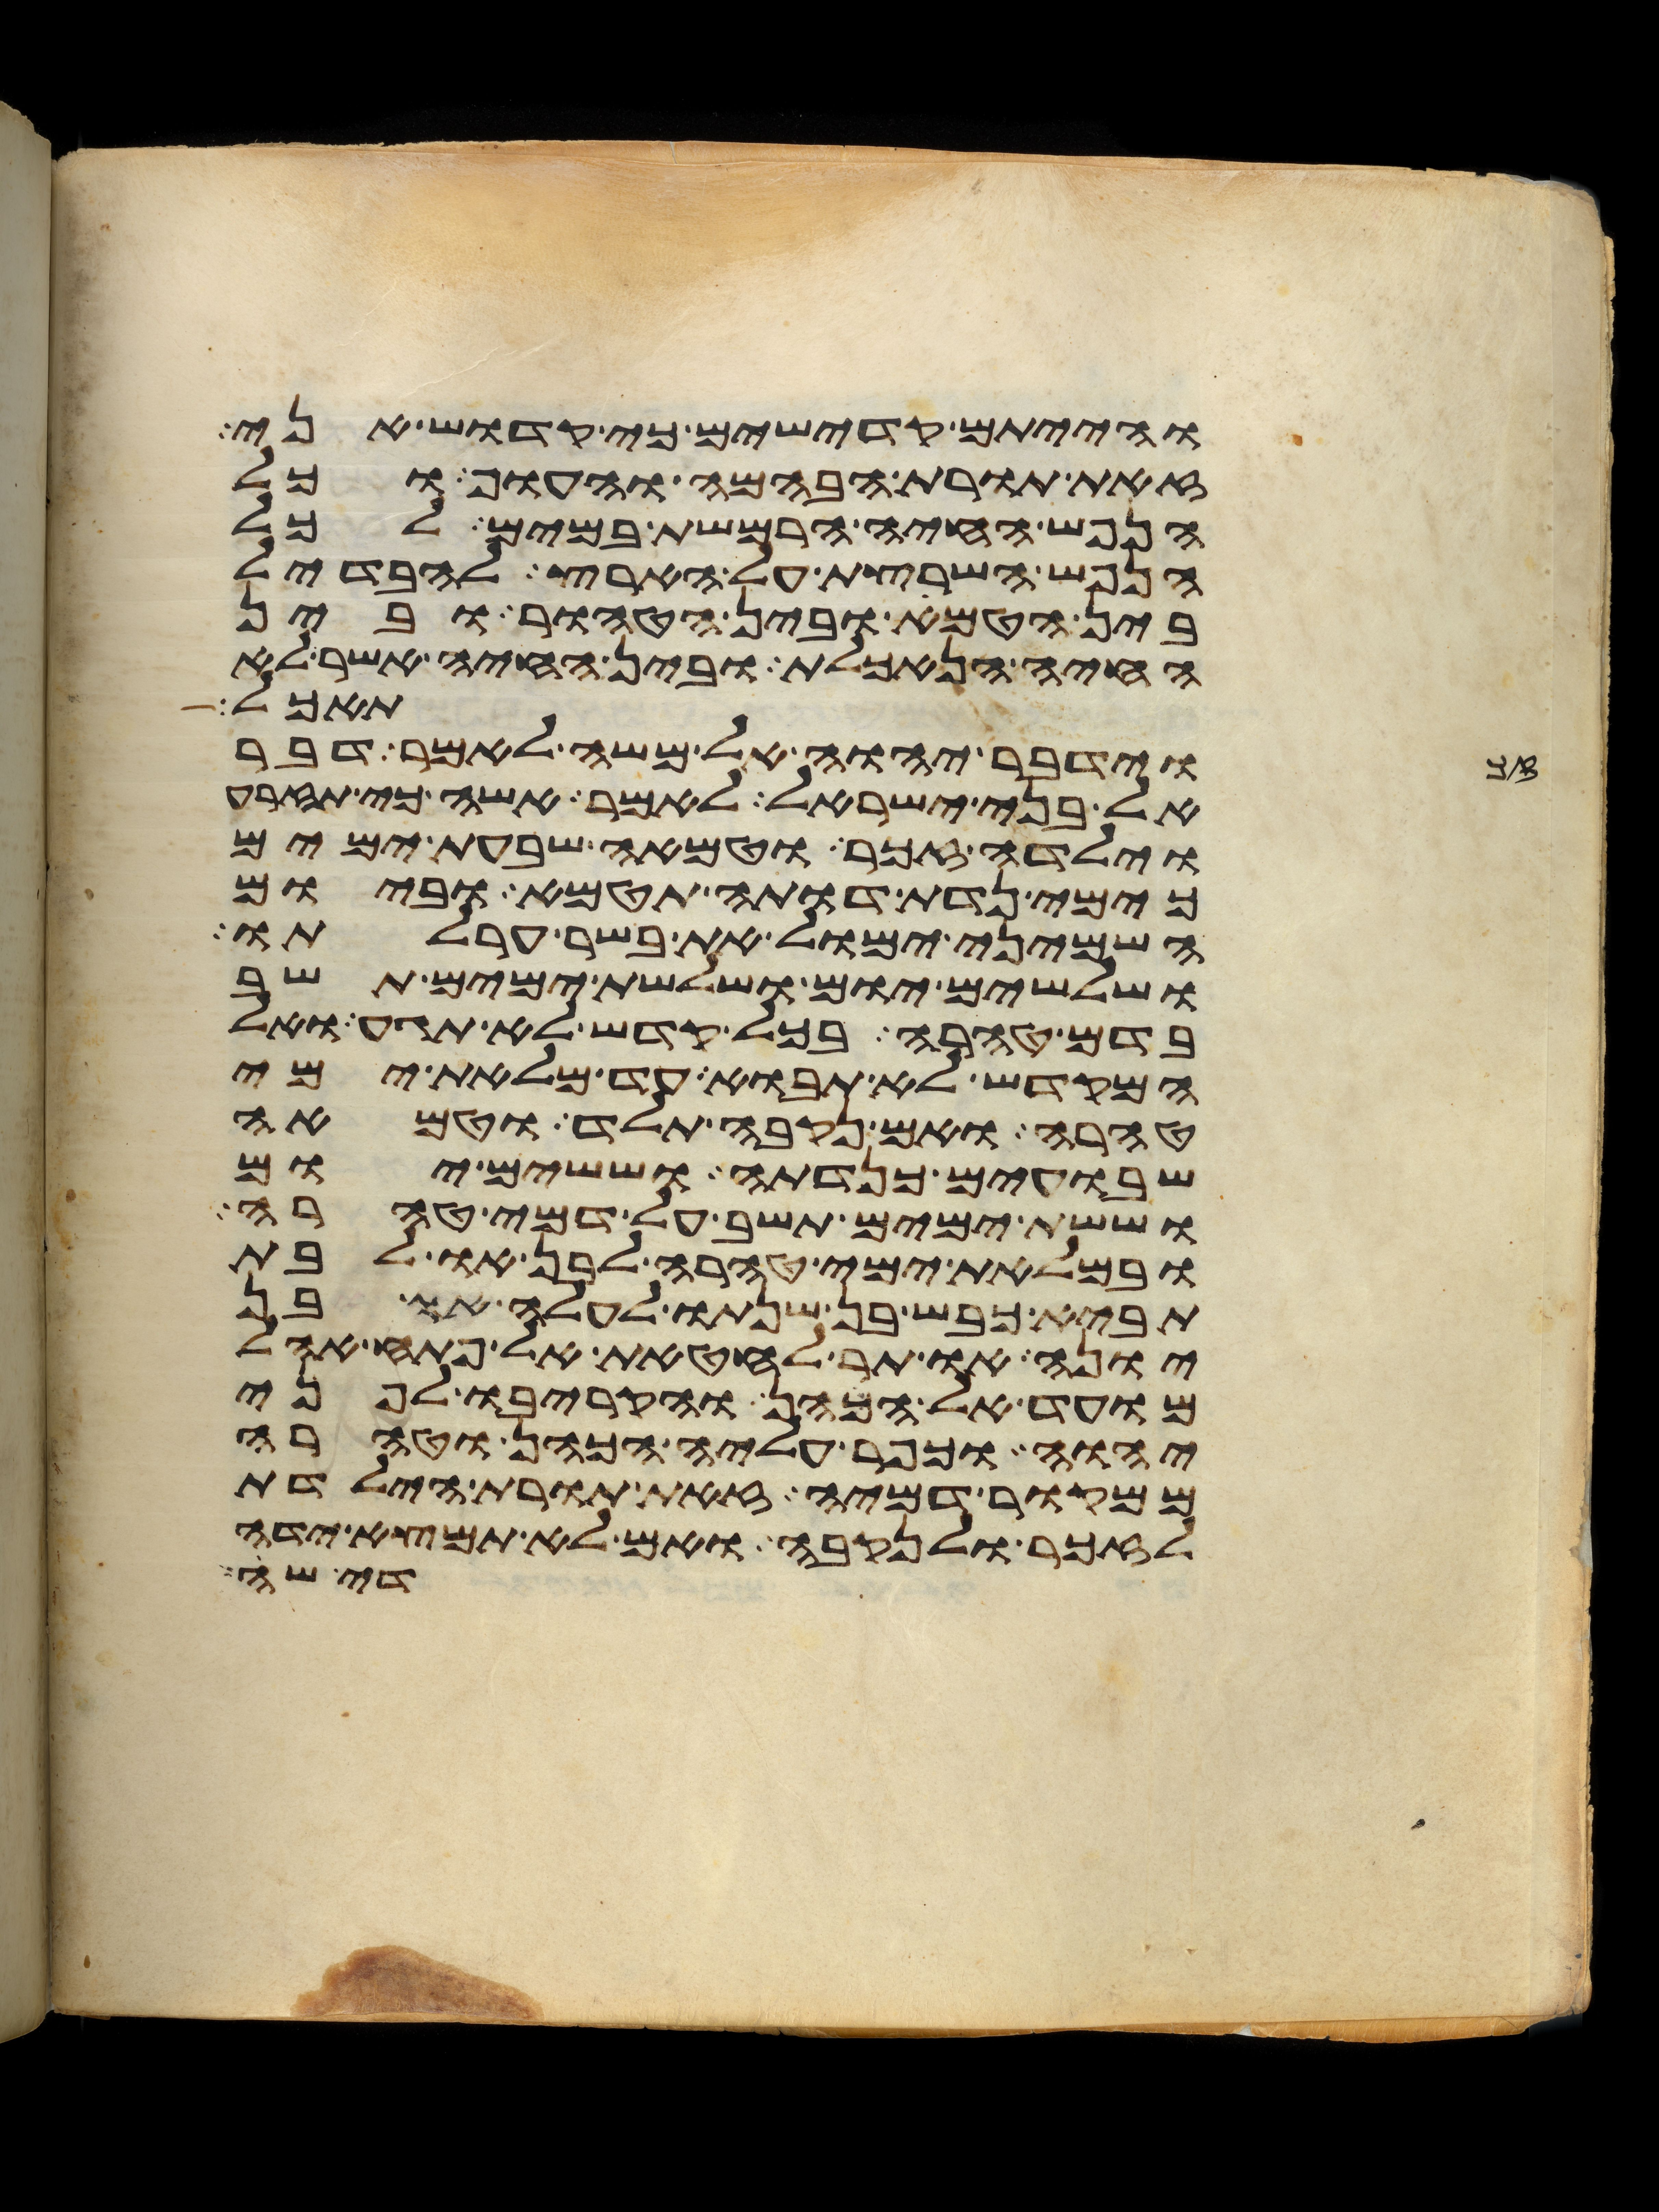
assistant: והייתם קדישים כי קדוש אני
זאת תורת הבהמה והעוף וכל
הנפש החיה הרמשת במים לכל
הנפש השרצת על הארץ להבדיל
בין הטמא ובין הטהור ובין
החיה הנאכלת ובין החיה אשר לא
תאכל
וידבר יהוה אל משה לאמר דבר
אל בני ישראל לאמר אשה כי תזרע
וילדה זכר וטמאה שבעת ימים
כימי נדת דותה תטמא וביום
השמיני ימול את בשר ערלתו
ושלשים יום ושלשת ימים תשב
בדם טהרה בכל קדש לא תגע ואל
המקדש לא תבוא עד מלאת ימי
טהרה ואם נקבה תלד וטמאה
שבועים כנדתה וששים יום
וששת ימים תשב על דמי טהרה
ובמלאת ימי טהרה לבן או לבת
תביא כבש בן שנתו לעלה או בן
יונה או תר לחטאת אל פתח אהל
מועד אל הכהן והקריבו לפני
יהוה וכפר עליה הכהן וטהרה
ממקור דמיה זאת תורת הילדת
לזכר ולנקבה ואם לא תמצא ידה
די שה